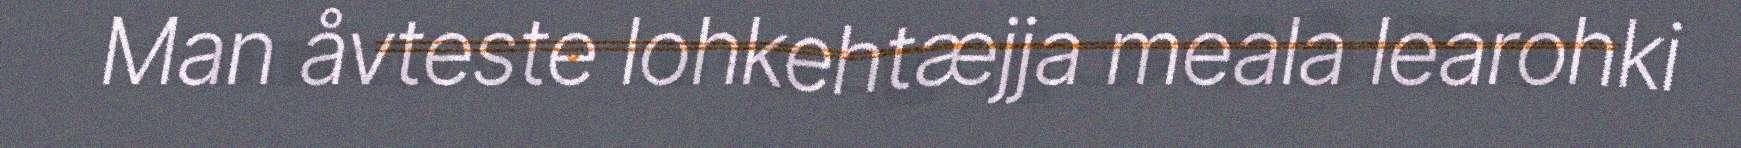
Man åvteste lohkehtæjja meala learohki